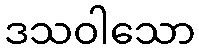
ဒသဝါသော